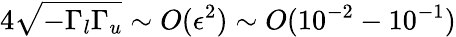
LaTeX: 4\sqrt{-\Gamma_{l}\Gamma_{u}}\sim O(\epsilon^{2})\sim O(10^{-2}-10^{-1})